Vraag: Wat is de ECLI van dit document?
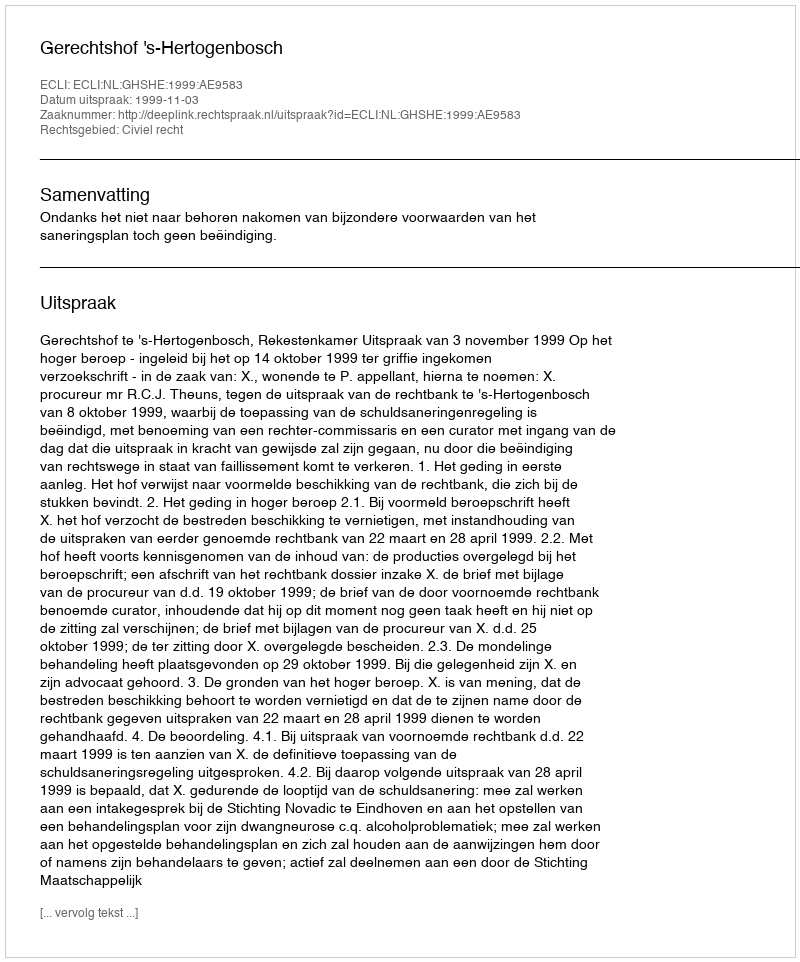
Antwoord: ECLI:NL:GHSHE:1999:AE9583